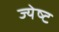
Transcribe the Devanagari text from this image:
ज्‍येष्‍ट